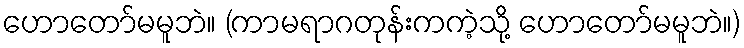
ဟောတော်မမူဘဲ။ (ကာမရာဂတုန်းကကဲ့သို့ ဟောတော်မမူဘဲ။)